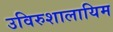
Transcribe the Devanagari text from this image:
उविरुशालायिम